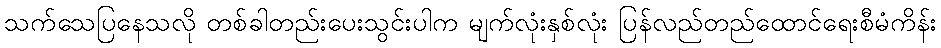
သက်သေပြနေသလို တစ်ခါတည်းပေးသွင်းပါက မျက်လုံးနှစ်လုံး ပြန်လည်တည်ထောင်ရေးစီမံကိန်း